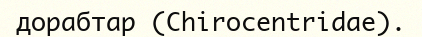
дорабтар (Chіrocentrіdae).